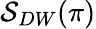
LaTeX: \mathcal{S}_{DW}(\pi)